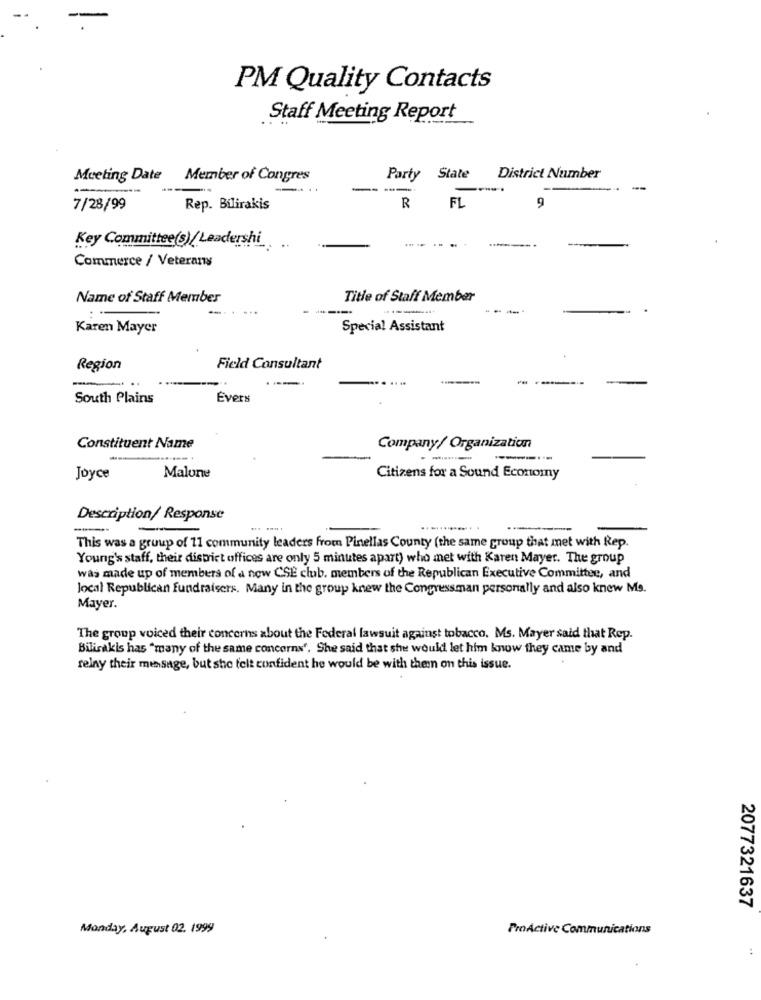
PM Quality Contacts
Staff Meeting Report
Meeting Date Member of Congres
Party
State
District Number
--
...
---
-
FL
9
7/28/99
Rep. Bilirakis
R
Key Committee(s)/ Leadershi
Commerce / Veterany
Name of Staff Member
Title of Staff Member
------
----
Karen Mayer
Special Assistant
Region
Field Consultant
--
South Plains
Evers
Constituent Name
Company/ Organization
---
-...
Joyce
Malone
Citizens for a Sound Economy
Description/ Response
This was a group of 11 community leaders from Pinellas County (the same group that met with Rep.
Young's staff, their district offices are only 5 minutes apart) who met with Karen Mayer. The group
was made up of members of a new CSE club. members of the Republican Executive Committee, and
local Republican fundraisers. Many in the group knew the Congressman personally and also knew Ms.
Mayer.
The group voiced their concerns about the Federal lawsuit against tobacco. Ms. Mayer said that Rep.
Bilirakis has "many of the same concerns". She said that she would let him know they came by and
relay their message, but she felt confident he would be with then on this issue.
2077321637
Monday, August 02. 1999
ProActive Communications